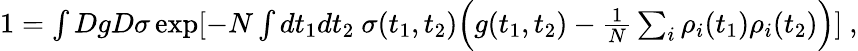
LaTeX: \begin{array}{r}{1=\int DgD\sigma\exp[-N\int dt_{1}dt_{2}\ \sigma(t_{1},t_{2})\Big(g(t_{1},t_{2})-\frac{1}{N}\sum_{i}\rho_{i}(t_{1})\rho_{i}(t_{2})\Big)]~,}\end{array}